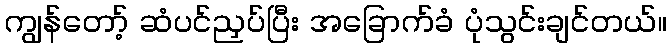
ကျွန်တော့် ဆံပင်ညှပ်ပြီး အခြောက်ခံ ပုံသွင်းချင်တယ်။